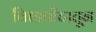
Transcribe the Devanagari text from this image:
विद्यापीटातून